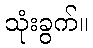
သုံးခွက်။